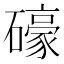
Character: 𱴽